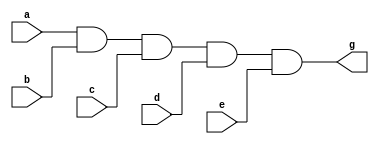
module andmore (
    input a,b,c,d,e,
    output g
);
    
    and #(50) and1(f1,a,b,c,d) , and2(g,f1,e);

endmodule